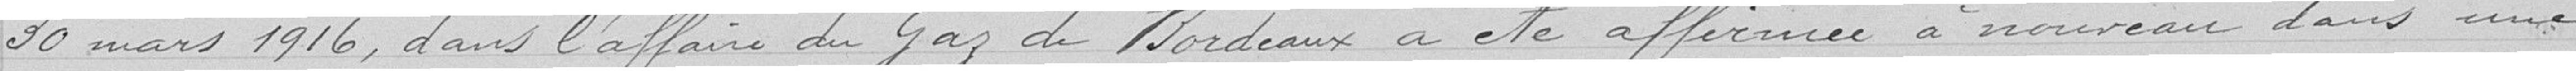
30 mars 1916, dans l'affaire du Gaz de Bordeaux a été affirmée à nouveau dans une